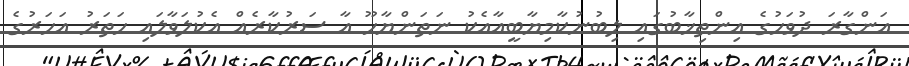
އަންގާރަ ދުވަހުގެ އިންތިޚާބުގައި ލިބުނުކާމިޔާބީއާއެކު ނަތަންޔާހޫ އާ ސަރުކާރެއް އެކުލަވާލައި ހަތަރު އަހަރުގެ